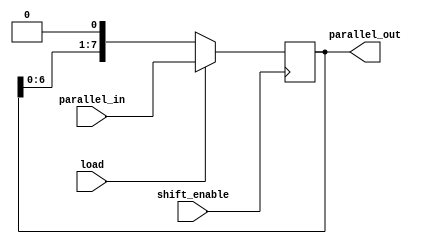
module pipo_shift_register (
    input [7:0] parallel_in, // 8-bit input in parallel
    input load,              // parallel load signal
    input shift_enable,      // shift enable signal
    output reg [7:0] parallel_out // 8-bit output in parallel
);

reg [7:0] data; // internal storage for the shift register

always @(posedge shift_enable) begin
    if (load) begin
        data <= parallel_in; // load data in parallel
    end
    else begin
        data <= data << 1; // shift left
    end
end

assign parallel_out = data; // output the data in parallel

endmodule